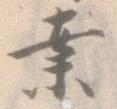
案